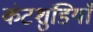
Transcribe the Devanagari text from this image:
कंटशुंडियाँ